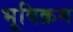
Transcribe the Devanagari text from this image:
भूविक्रम